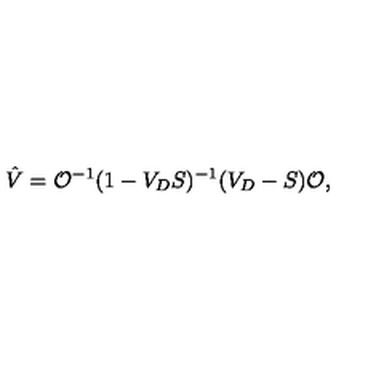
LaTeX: \hat { V } = { \cal O } ^ { - 1 } ( 1 - V _ { D } S ) ^ { - 1 } ( V _ { D } - S ) { \cal O } ,